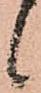
候